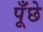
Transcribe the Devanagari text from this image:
पूँछे